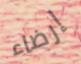
إرضاء